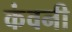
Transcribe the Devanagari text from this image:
कंवनी